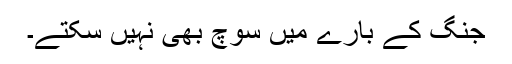
جنگ کے بارے میں سوچ بھی نہیں سکتے۔